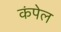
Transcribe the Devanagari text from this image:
कंपेल